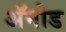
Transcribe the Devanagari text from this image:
अॅनोड